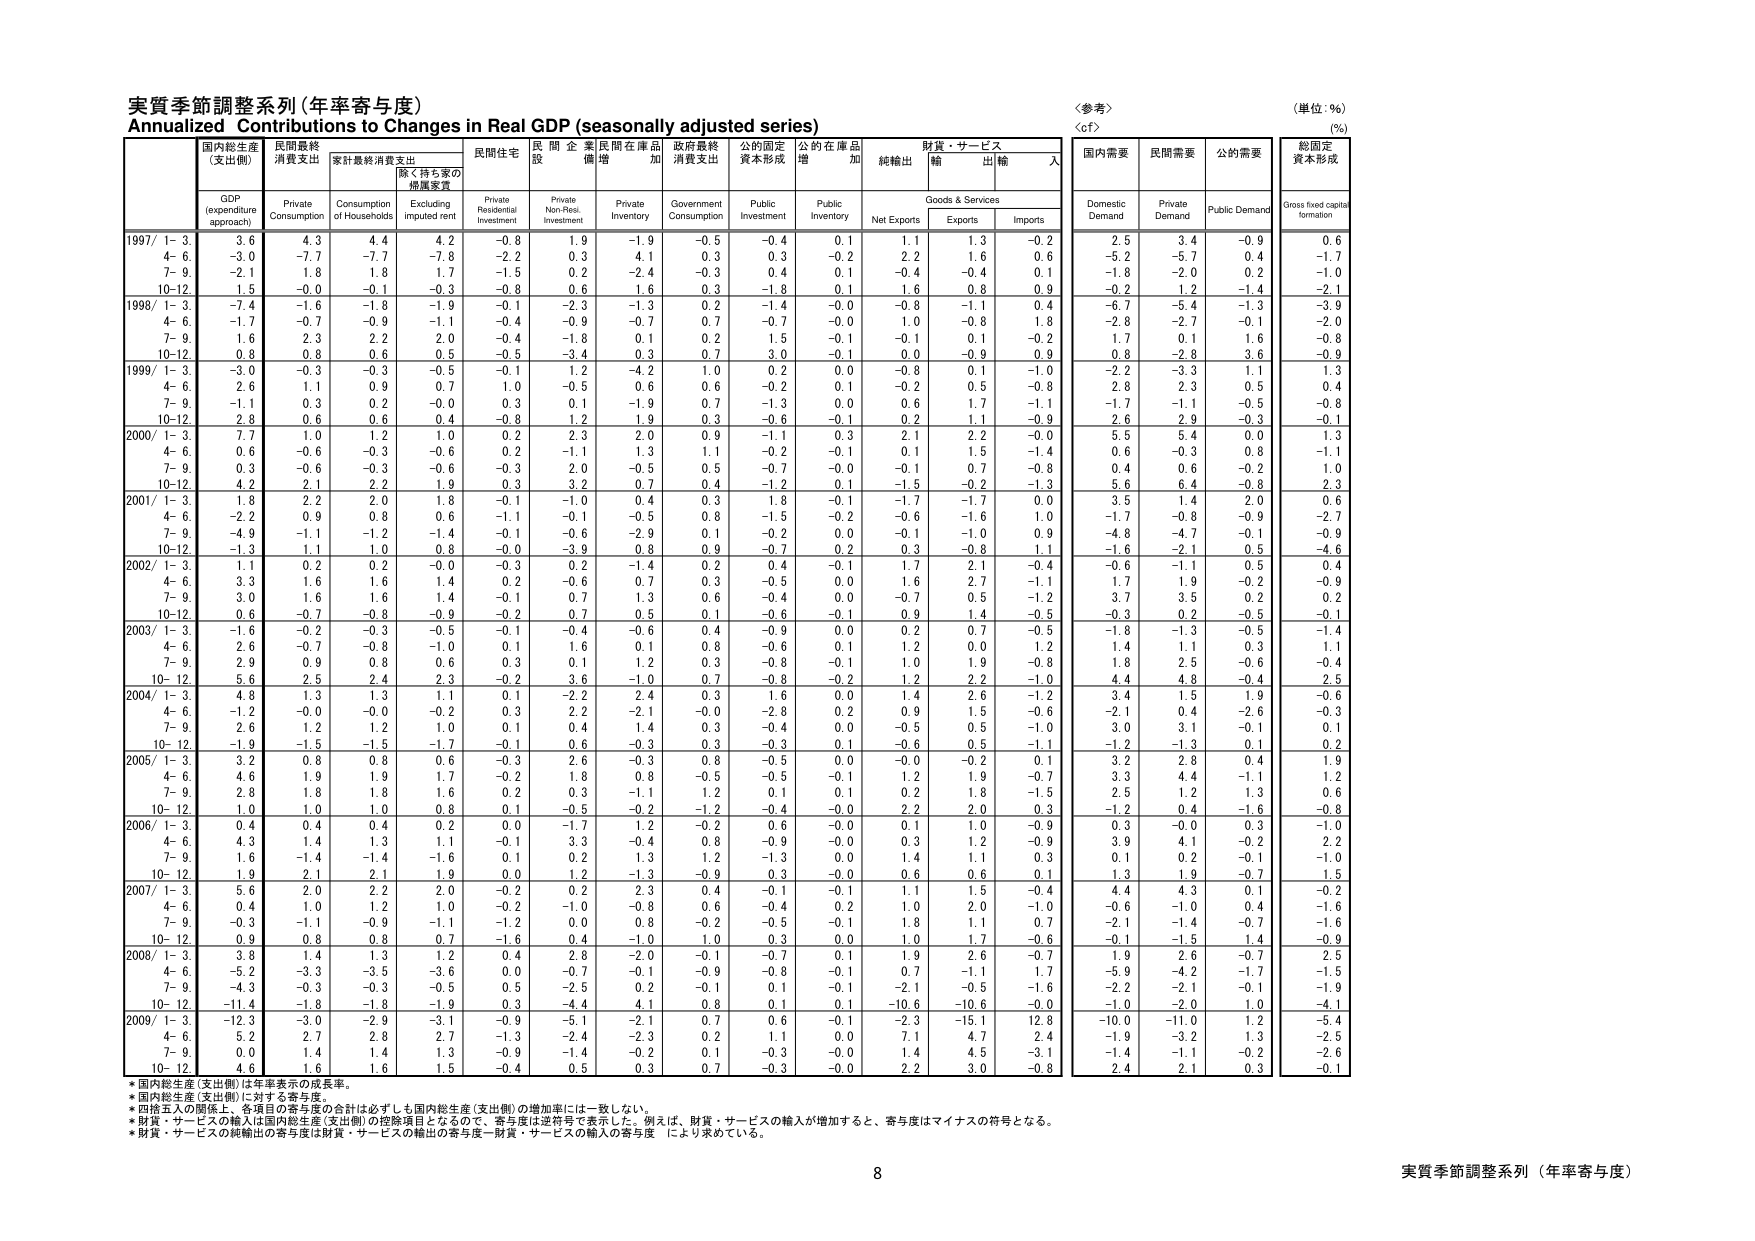
実質季節調整系列（年率寄与度）
Annualized Contributions to Changes in Real GDP (seasonally adjusted series)

〈参考〉
〈of〉
（単位：%）
(%)

国内総生産
（支出側）
GDP
(expenditure
approach)

民間最終
消費支出
Private
Consumption

家計最終消費支出
Consumption
of Households

除く持ち家の
焼屋家賃
Excluding
imputed rent

民間住宅
投資
Private
Residential
Investment

民間企業
設備投資
Private
Non-Resi.
Investment

民間在庫品
増加
Private
Inventory

政府最終
消費支出
Government
Consumption

公的固定
資本形成
Public
Investment

公的在庫品
増加
Public
Inventory

財貨・サービス
純輸出
Net Exports

財貨・サービス
輸出
Exports

財貨・サービス
輸入
Imports

国内需要
Domestic
Demand

民間需要
Private
Demand

公的需要
Public Demand

総固定
資本形成
Gross fixed capital
formation

1997/ 1-3. 3.6 4.3 4.4 4.2 -0.8 1.9 -1.9 -0.5 -0.4 0.1 1.1 1.3 -0.2 2.5 3.4 -0.9 0.6
4-6. -3.0 -7.7 -7.7 -7.8 -2.2 0.3 4.1 0.3 0.3 -0.2 2.2 1.6 0.6 -5.2 -5.7 0.4 -1.7
7-9. -2.1 1.8 1.8 1.7 -1.5 0.2 -2.4 -0.3 0.4 0.1 -0.4 -0.4 0.1 -1.8 -2.0 0.2 -1.0
10-12. 1.5 -0.0 -0.1 -0.3 -0.8 0.6 1.6 0.3 -1.8 0.1 1.6 0.8 0.9 -0.2 1.2 -1.4 -2.1

1998/ 1-3. -7.4 -1.6 -1.8 -1.9 -0.1 -2.3 -1.3 0.2 -1.4 -0.0 -0.8 -1.1 0.4 -6.7 -5.4 -1.3 -3.9
4-6. -1.7 -0.7 -0.9 -1.1 -0.4 -0.9 -0.7 0.7 -0.7 -0.0 1.0 -0.8 1.8 -2.8 -2.7 -0.1 -2.0
7-9. 1.6 2.3 2.2 2.0 -0.4 -1.8 0.1 0.2 1.5 -0.1 -0.1 0.1 -0.2 1.7 0.1 1.6 -0.8
10-12. 0.8 0.8 0.6 0.5 -0.5 -3.4 0.3 0.7 3.0 -0.1 0.0 -0.9 0.9 0.8 -2.8 3.6 -0.9

1999/ 1-3. -3.0 -0.3 -0.3 -0.5 -0.1 1.2 -4.2 1.0 0.2 0.0 -0.8 0.1 -1.0 -2.2 -3.3 1.1 1.3
4-6. 2.6 1.1 0.9 0.7 1.0 -0.5 0.6 0.6 -0.2 0.1 -0.2 0.5 -0.8 2.8 2.3 0.5 0.4
7-9. -1.1 0.3 0.2 -0.0 0.3 0.1 -1.9 0.7 -1.3 0.0 0.6 1.7 -1.1 -1.7 -1.1 -0.5 -0.8
10-12. 2.8 0.6 0.6 0.4 -0.8 1.2 1.9 0.3 -0.6 -0.1 0.2 1.1 -0.9 2.6 2.9 -0.3 -0.1

2000/ 1-3. 7.7 1.0 1.2 1.0 0.2 2.3 2.0 0.9 -1.1 0.3 2.1 2.2 -0.0 5.5 5.4 0.0 1.3
4-6. 0.6 -0.6 -0.3 -0.6 0.2 -1.1 1.3 1.1 -0.2 -0.1 0.1 1.5 -1.4 0.6 -0.3 0.8 -1.1
7-9. 0.3 -0.6 -0.3 -0.6 -0.3 2.0 -0.5 0.5 -0.7 -0.0 -0.1 0.7 -0.8 0.4 0.6 -0.2 1.0
10-12. 4.2 2.1 2.2 1.9 0.3 3.2 0.7 0.4 -1.2 0.1 -1.5 -0.2 -1.3 5.6 6.4 -0.8 2.3

2001/ 1-3. 1.8 2.2 2.0 1.8 -0.1 -1.0 0.4 0.3 1.8 -0.1 -1.7 -1.7 0.0 3.5 1.4 2.0 0.6
4-6. -2.2 0.9 0.8 0.6 -1.1 -0.1 -0.5 0.8 -1.5 -0.2 -0.6 -1.6 1.0 -1.7 -0.8 -0.9 -2.7
7-9. -4.9 -1.1 -1.2 -1.4 -0.1 -0.6 -2.9 0.1 -0.2 0.0 -0.1 -1.0 0.9 -4.8 -4.7 -0.1 -0.9
10-12. -1.3 1.1 1.0 0.8 -0.0 -3.9 0.8 0.9 -0.7 0.2 0.3 -0.8 1.1 -1.6 -2.1 0.5 -4.6

2002/ 1-3. 1.1 0.2 0.2 -0.0 -0.3 0.2 -1.4 0.2 0.4 -0.1 1.7 2.1 -0.4 -0.6 -1.1 0.5 0.4
4-6. 3.3 1.6 1.6 1.4 0.2 -0.6 0.7 0.3 -0.5 0.0 1.6 2.7 -1.1 1.7 1.9 -0.2 -0.9
7-9. 3.0 1.6 1.6 1.4 -0.1 0.7 1.3 0.6 -0.4 0.0 -0.7 0.5 -1.2 3.7 3.5 0.2 0.2
10-12. 0.6 -0.7 -0.8 -0.9 -0.2 0.7 0.5 0.1 -0.6 -0.1 0.9 1.4 -0.5 -0.3 0.2 -0.5 -0.1

2003/ 1-3. -1.6 -0.2 -0.3 -0.5 -0.1 -0.4 -0.6 0.4 -0.9 0.0 0.2 0.7 -0.5 -1.8 -1.3 -0.5 -1.4
4-6. 2.6 -0.7 -0.8 -1.0 0.1 1.6 0.1 0.8 -0.6 0.1 1.2 0.0 1.2 1.4 1.1 0.3 1.1
7-9. 2.9 0.9 0.8 0.6 0.3 0.1 1.2 0.3 -0.8 -0.1 1.0 1.9 -0.8 1.8 2.5 -0.6 -0.4
10-12. 5.6 2.5 2.4 2.3 -0.2 3.6 -1.0 0.7 -0.8 -0.2 1.2 2.2 -1.0 4.4 4.8 -0.4 2.5

2004/ 1-3. 4.8 1.3 1.3 1.1 0.1 -2.2 2.4 0.3 1.6 0.0 1.4 2.6 -1.2 3.4 1.5 1.9 -0.6
4-6. -1.2 -0.0 -0.0 -0.2 0.3 2.2 -2.1 -0.0 -2.8 0.2 0.9 1.5 -0.6 -2.1 0.4 -2.6 -0.3
7-9. 2.6 1.2 1.2 1.0 0.1 0.4 1.4 0.3 -0.4 0.0 -0.5 0.5 -1.0 3.0 3.1 -0.1 0.1
10-12. -1.9 -1.5 -1.5 -1.7 -0.1 0.6 -0.3 0.3 -0.3 0.1 -0.6 0.5 -1.1 -1.2 -1.3 0.1 0.2

2005/ 1-3. 3.2 0.8 0.8 0.6 -0.3 2.6 -0.3 0.8 -0.5 0.0 -0.0 -0.2 0.1 3.2 2.8 0.4 1.9
4-6. 4.6 1.9 1.9 1.7 -0.2 1.8 0.8 -0.5 -0.5 -0.1 1.2 1.9 -0.7 3.3 4.4 -1.1 1.2
7-9. 2.8 1.8 1.8 1.6 0.2 0.3 -1.1 1.2 0.1 0.1 0.2 1.8 -1.5 2.5 1.2 1.3 0.6
10-12. 1.0 1.0 1.0 0.8 0.1 -0.5 -0.2 -1.2 -0.4 -0.0 2.2 2.0 0.3 -1.2 0.4 -1.6 -0.8

2006/ 1-3. 0.4 0.4 0.4 0.2 0.0 -1.7 1.2 -0.2 0.6 -0.0 0.1 1.0 -0.9 0.3 -0.0 0.3 -1.0
4-6. 4.3 1.4 1.3 1.1 -0.1 3.3 -0.4 0.8 -0.9 -0.0 0.3 1.2 -0.9 3.9 4.1 -0.2 2.2
7-9. 1.6 -1.4 -1.4 -1.6 0.1 0.2 1.3 1.2 -1.3 0.0 1.4 1.1 0.3 0.1 0.2 -0.1 -1.0
10-12. 1.9 2.1 2.1 1.9 0.0 1.2 -1.3 -0.9 0.3 -0.0 0.6 0.6 0.1 1.3 1.9 -0.7 1.5

2007/ 1-3. 5.6 2.0 2.2 2.0 -0.2 0.2 2.3 0.4 -0.1 -0.1 1.1 1.5 -0.4 4.4 4.3 0.1 -0.2
4-6. 0.4 1.0 1.2 1.0 -0.2 -1.0 0.8 0.6 -0.4 0.2 1.0 2.0 -1.0 -0.6 -1.0 0.4 -1.6
7-9. -0.3 -1.1 -0.9 -1.1 -1.2 0.0 0.8 -0.2 -0.5 -0.1 1.8 1.1 0.7 -2.1 -1.4 -0.7 -1.6
10-12. 0.9 0.8 0.8 0.7 -1.6 0.4 -1.0 1.0 0.3 0.0 1.0 1.7 -0.6 -0.1 -1.5 1.4 -0.9

2008/ 1-3. 3.8 1.4 1.3 1.2 0.4 2.8 -2.0 -0.1 -0.7 -0.1 1.9 2.6 -0.7 1.9 2.6 -0.7 2.5
4-6. -5.2 -3.3 -3.5 -3.6 0.0 -0.7 -0.1 -0.9 -0.8 -0.1 0.7 -1.1 1.7 -5.9 -4.2 -1.7 -1.5
7-9. -4.3 -0.3 -0.3 -0.5 0.5 -2.5 0.2 -0.1 0.1 -0.1 -2.1 -0.5 -1.6 -2.2 -2.1 -0.1 -1.9
10-12. -11.4 -1.8 -1.8 -1.9 0.3 -4.4 4.1 0.8 0.1 0.1 -10.6 -10.6 -0.0 -1.0 -2.0 1.0 -4.1

2009/ 1-3. -12.3 -3.0 -2.9 -3.1 -0.9 -5.1 -2.1 0.7 0.6 -0.1 -2.3 -15.1 12.8 -10.0 -11.0 1.2 -5.4
4-6. 5.2 2.7 2.8 2.7 -1.3 -2.4 -2.3 0.2 1.1 0.0 7.1 4.7 2.4 -1.9 -3.2 1.3 -2.5
7-9. 0.0 1.4 1.4 1.3 -0.9 -1.4 -0.2 0.1 -0.3 -0.0 1.4 4.5 -3.1 -1.4 -1.1 -0.2 -2.6
10-12. 4.6 1.6 1.6 1.5 -0.4 0.5 0.3 0.7 -0.3 -0.0 2.2 3.0 -0.8 2.4 2.1 0.3 -0.1

* 国内総生産（支出側）は年率表示の成長率。
* 国内総生産（支出側）に対する寄与度。
* 四捨五入の関係上、各項目の寄与度の合計は必ずしも国内総生産（支出側）の増加率には一致しない。
* 財貨・サービスの輸入は国内総生産（支出側）の控除項目となるので、寄与度は逆符号で表示した。例えば、財貨・サービスの輸入が増加すると、寄与度はマイナスの符号となる。
* 財貨・サービスの純輸出の寄与度は財貨・サービスの輸出の寄与度－財貨・サービスの輸入の寄与度 により求めている。

8
実質季節調整系列（年率寄与度）